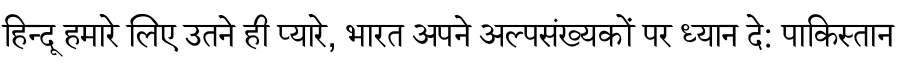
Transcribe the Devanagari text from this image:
हिन्दू हमारे लिए उतने ही प्यारे, भारत अपने अल्पसंख्यकों पर ध्यान दे: पाकिस्तान